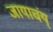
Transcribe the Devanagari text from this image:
जायाचंय्‌